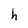
Character: h